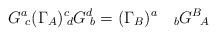
LaTeX: \begin{align*}G^a\!_c(\Gamma _A)^c\!_dG^d\!_b=(\Gamma _B)^a\quad _bG^B\!_A\end{align*}